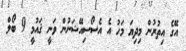
އޭގެ އިތުރުން މިދިޔަ މަހު އެ އެސޯސިއޭޝަނުން ވަނީ ޤައުމީ 9 ބޯލް